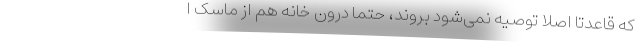
که قاعدتاً اصلا توصیه نمی‌شود بروند، حتماً درون خانه هم از ماسک ا